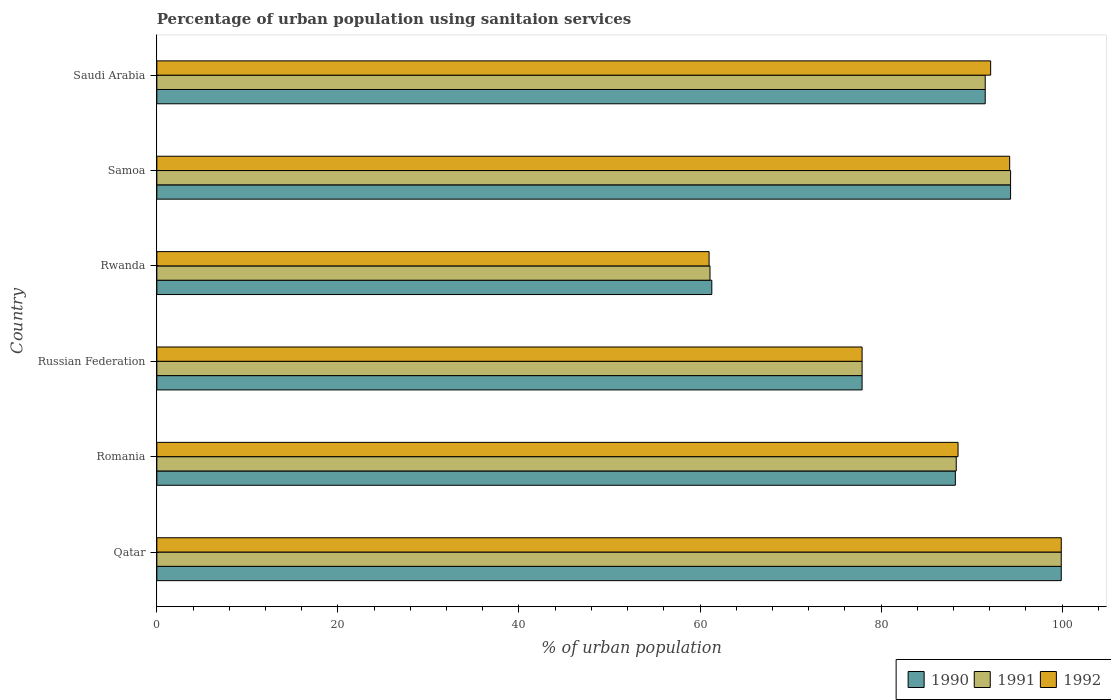
| Country | 1990 | 1991 | 1992 |
 | --- | --- | --- | --- |
 | Qatar | 99.9 | 99.9 | 99.9 |
 | Romania | 88.2 | 88.3 | 88.5 |
 | Russian Federation | 77.9 | 77.9 | 77.9 |
 | Rwanda | 61.3 | 61.1 | 61 |
 | Samoa | 94.3 | 94.3 | 94.2 |
 | Saudi Arabia | 91.5 | 91.5 | 92.1 |